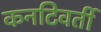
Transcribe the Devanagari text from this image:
कनटिवर्ती